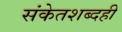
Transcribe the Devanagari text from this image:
संकेतशब्दही